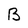
Character: B